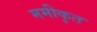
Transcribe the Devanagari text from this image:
ममीकृत